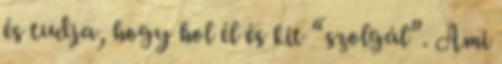
és tudja, hogy hol él és kit “szolgál”. Ami